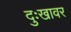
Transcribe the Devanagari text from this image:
दुःखावर